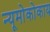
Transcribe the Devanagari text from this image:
न्यूमोकोकाय